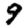
Digit: 9